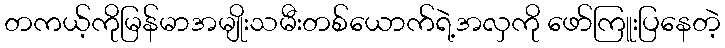
တကယ့်ကိုမြန်မာအမျိုးသမီးတစ်ယောက်ရဲ့အလှကို ဖော်ကြူးပြနေတဲ့